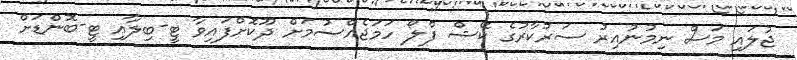
ޖުލައި މަސް ނިމުނުއިރު ސަރުކާރުގެ ކޭޝް ފްލޯ ހަމަޖެއްސުމަށް ދޫކޮށްފައިވާ ޓީ-ބިލާއި ޓީ-ބޮންޑަށް